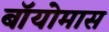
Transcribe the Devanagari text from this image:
बॉयोमास